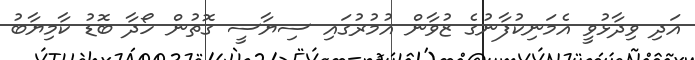
އަދި ވިދާޅުވީ އެމަނިކުފާނުގެ ޒުވާން އުމުރުގައި ސިޔާސީ ގޮތުން ހޯދާ ބޮޑު ކާމިޔާބު